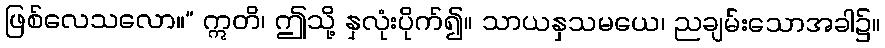
ဖြစ်လေသလော။” ဣတိ၊ ဤသို့ နှလုံးပိုက်၍။ သာယနှသမယေ၊ ညချမ်းသောအခါ၌။